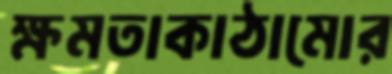
ক্ষমতাকাঠামোর